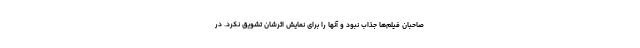
صاحبان فیلم‌ها جذاب نبود و آنها را برای نمایش اثرشان تشویق نکرد. در